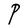
Character: P